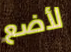
لأضع